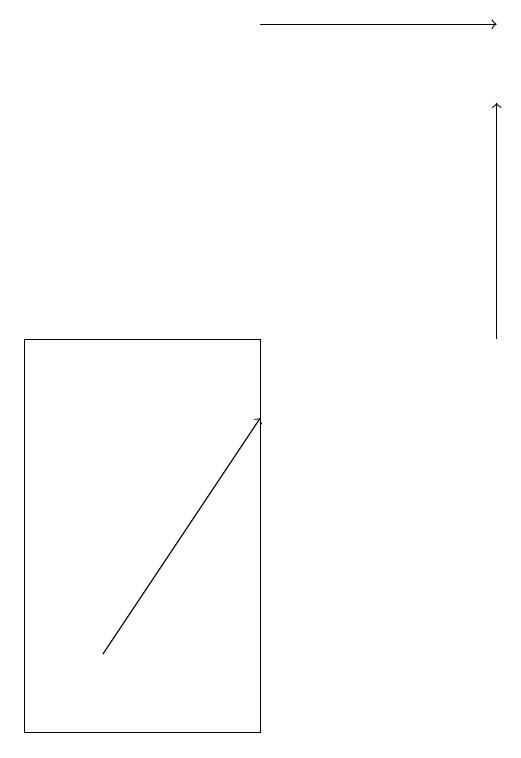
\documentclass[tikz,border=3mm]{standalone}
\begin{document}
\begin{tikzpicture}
\draw[->] (7,15) -- (7,18);
\draw[->] (2,11) -- (4,14);
\draw[->] (4,19) -- (7,19);
\draw (1,10) rectangle (4,15);
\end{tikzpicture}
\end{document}